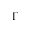
\Gamma